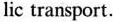
lic transport.